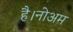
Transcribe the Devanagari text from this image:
है।नोअम